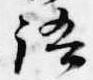
語